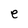
Character: e